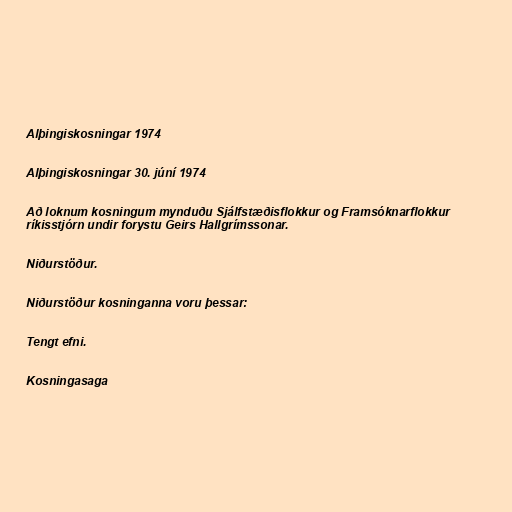
Alþingiskosningar 1974

Alþingiskosningar 30. júní 1974

Að loknum kosningum mynduðu Sjálfstæðisflokkur og Framsóknarflokkur
ríkisstjórn undir forystu Geirs Hallgrímssonar.

Niðurstöður.

Niðurstöður kosninganna voru þessar:

Tengt efni.

Kosningasaga